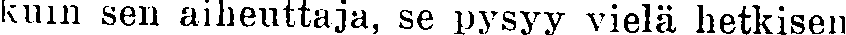
kuin sen aiheuttaja, se pysyy vielä hetkisen